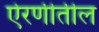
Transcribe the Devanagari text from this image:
ऐरणीतील